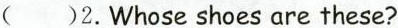
( )2.Whose shoes are these?